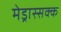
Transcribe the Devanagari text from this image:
मेड्रास्सक्क